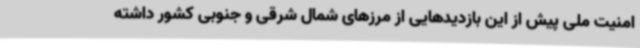
امنیت ملی پیش از این بازدیدهایی از مرزهای شمال شرقی و جنوبی کشور داشته